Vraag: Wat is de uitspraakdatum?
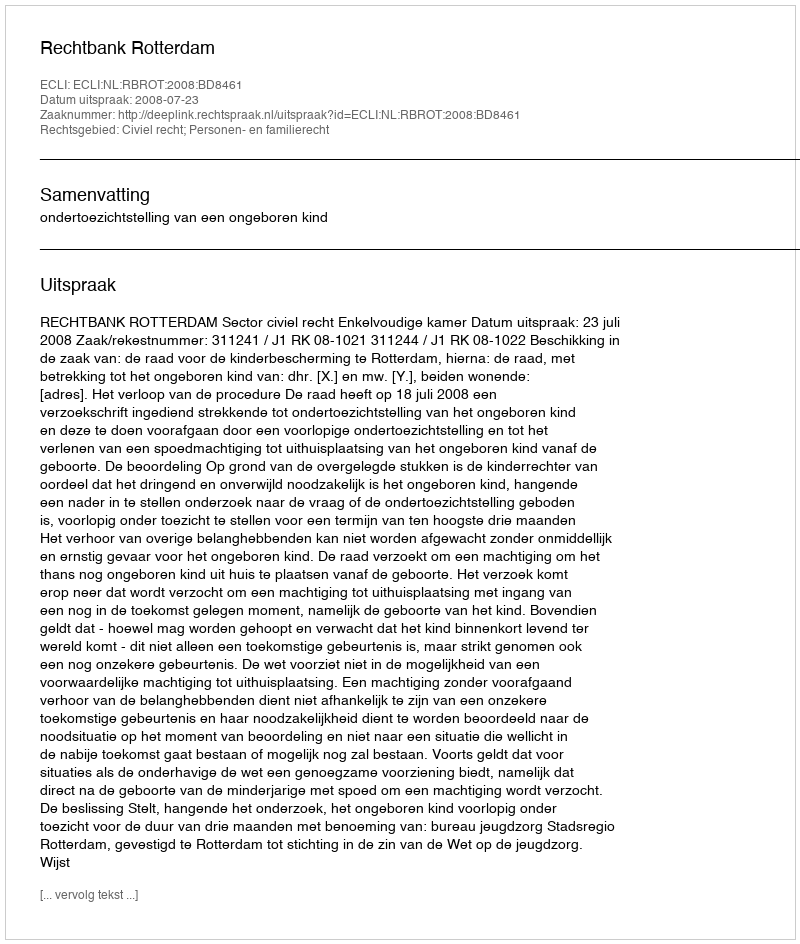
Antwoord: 2008-07-23